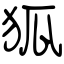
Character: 狐